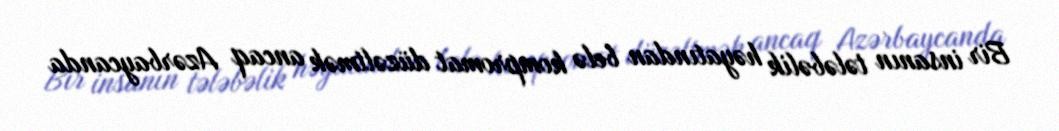
Bir insanın tələbəlik həyatından belə kompromat düzəltmək ancaq Azərbaycanda